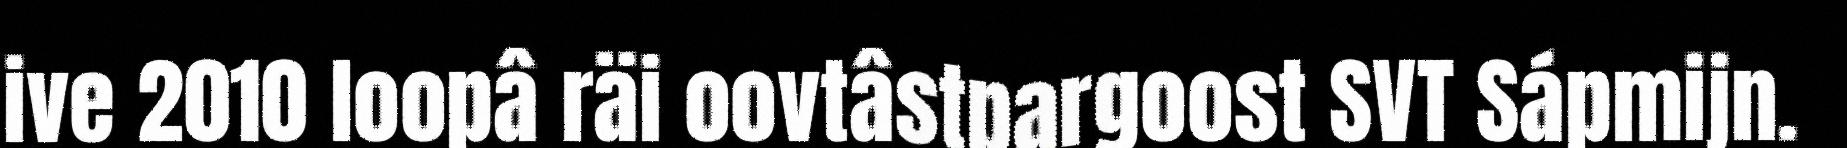
ive 2010 loopâ räi oovtâstpargoost SVT Sápmijn.